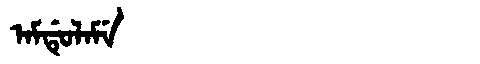
Manchu: ᠠᠮᡩᡠᠯᠠᠮᡝ
Romanization: AMDULAME